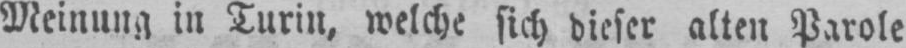
Meinung in Turin, welche sich dieser alten Parole